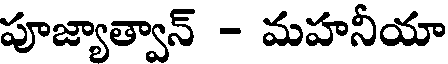
పూజ్యాత్వాన్ - మహనీయా